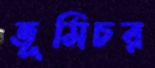
ভূমিচর